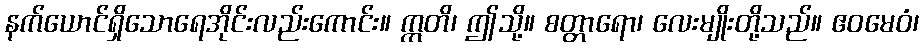
နက်ယောင်ရှိသောရေအိုင်းလည်းကောင်း။ ဣတိ၊ ဤသို့။ စတ္တာရော၊ လေးမျိုးတို့သည်။ ဧဝမေဝံ၊